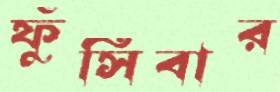
ফুঁসিবার